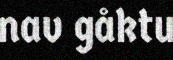
nav gåktu